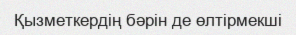
Қызметкердің бәрін де өлтірмекші